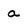
Character: a